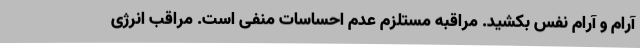
آرام و آرام نفس بکشید. مراقبه مستلزم عدم احساسات منفی است. مراقب انرژی